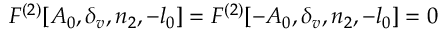
F ^ { ( 2 ) } [ A _ { 0 } , \delta _ { v } , n _ { 2 } , - l _ { 0 } ] = F ^ { ( 2 ) } [ - A _ { 0 } , \delta _ { v } , n _ { 2 } , - l _ { 0 } ] = 0